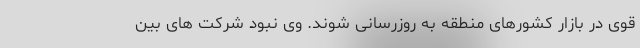
قوی در بازار کشورهای منطقه به روزرسانی شوند. وی نبود شرکت های بین